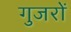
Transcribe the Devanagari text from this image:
गुजरों